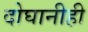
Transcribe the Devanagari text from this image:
दोघानीही